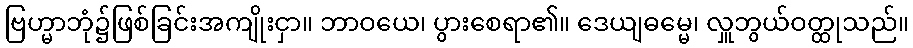
ဗြဟ္မာဘုံ၌ဖြစ်ခြင်းအကျိုးငှာ။ ဘာဝယေ၊ ပွားစေရာ၏။ ဒေယျဓမ္မေ၊ လှူဘွယ်ဝတ္ထုသည်။